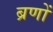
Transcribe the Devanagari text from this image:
ब्रणों